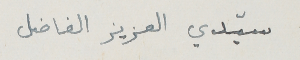
سيّدي العزيز الفاضل